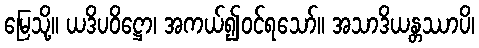
မြေသို့။ ယဒိပဝိဋ္ဌော၊ အကယ်၍ဝင်ရသော်။ အသာဒိယန္တဿာပိ၊